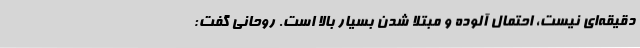
دقیقه‌ای نیست، احتمال آلوده و مبتلا شدن بسیار بالا است. روحانی گفت: